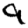
Digit: 9